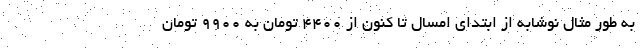
به طور مثال نوشابه از ابتداي امسال تا كنون از ٤٤٠٠ تومان به ٩٩٠٠ تومان